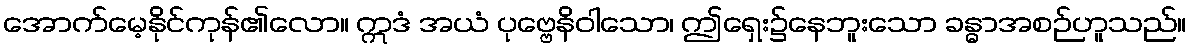
အောက်မေ့နိုင်ကုန်၏လော။ ဣဒံ အယံ ပုဗ္ဗေနိဝါသော၊ ဤရှေး၌နေဘူးသော ခန္ဓာအစဉ်ဟူသည်။